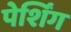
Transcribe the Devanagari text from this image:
पेर्शिंग